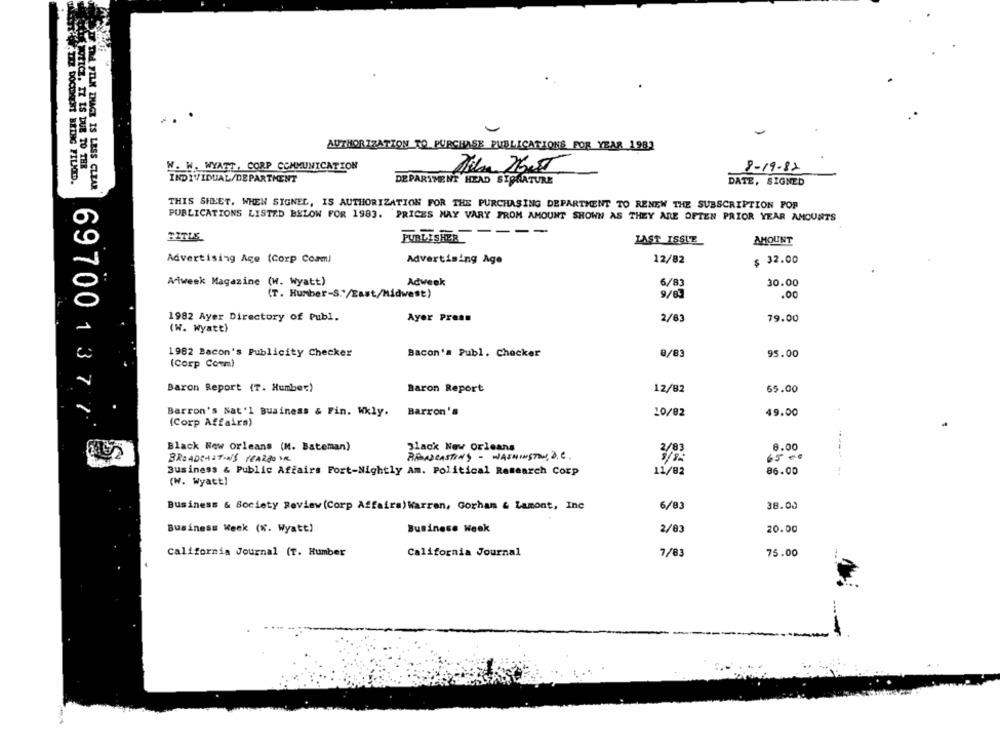
AUTHORIZATION TO PURCHASE PUBLICATIONS POR YEAR 1983
WICZ. IZ IS DUE TO THE
W. W. WYATT, CORP COMMUNICATION
8-19-82
.THE DOCUMENT BRING FILMED.
INDIVIDUAL/DEPARTMENT
DEPARTMENT HEAD SIGNATURE
DATE, SIGNED
SI TRd FIN INAGE IS LESS CLEAR
THIS SHEET, WHEN SIGNEL, IS AUTHORIZATION FOR THE PURCHASING DEPARTMENT TO RENEW THE SUBSCRIPTION POP
PUBLICATIONS LISTED BELOW FOR 1983. PRICES MAY VARY FROM AMOUNT SHOWN AS THEY ARE OFTEN PRIOR YEAR AMOUNTS
PUBLISHER -----
TITLE
LAST ISSUE
AMOUNT
Advertising Age (Corp Coam)
Advertising Age
12/82
$ 32.00
Aweek Magazine (W. Wyatt)
Adweek
6/83
30.00
(T. Humber-S."/East/Midwest)
9/63
.00
1982 Ayer Directory of Publ.
Ayer Prean
2/83
79.00
(W. Wyatt)
1982 Bacon's Publicity Checker
8/83
95.00
Bacon's Publ. Chocker
(Corp Comm)
Baron Report (T. Humber)
Baron Report
12/82
65.00
Barron's Nat'l Business & Fin. Wkly.
Barron's
10/02
49.00
69700 137 7
(Corp Affairs)
Black New orleans (M. Bateman)
Black New Orleans
8.00
BROADCAST-NS YEARBOK
RANCASTING - WASHINGTON, D.C.
65 00
Business & Public Affairs Fort-Nightly Am. Political Research Corp
11/82
86.00
(W. Wyatt)
Business & Society Review (Corp Affairs) Warren, Gorham & Lamont, Inc
6/83
38.00
Business Week (%. Wyatt)
Business Week
2/83
20.00
California Journal (T. Humber
California Journal
7/83
75.00